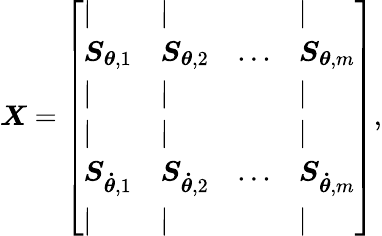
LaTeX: \boldsymbol{X}=\left[\begin{array}{llll}{|}&{|}&&{|}\\ {\boldsymbol{S}_{\boldsymbol{\theta},1}}&{\boldsymbol{S}_{\boldsymbol{\theta},2}}&{...}&{\boldsymbol{S}_{\boldsymbol{\theta},m}}\\ {|}&{|}&&{|}\\ {|}&{|}&&{|}\\ {\boldsymbol{S}_{\boldsymbol{\dot{\theta}},1}}&{\boldsymbol{S}_{\boldsymbol{\dot{\theta}},2}}&{...}&{\boldsymbol{S}_{\boldsymbol{\dot{\theta}},m}}\\ {|}&{|}&&{|}\end{array}\right],